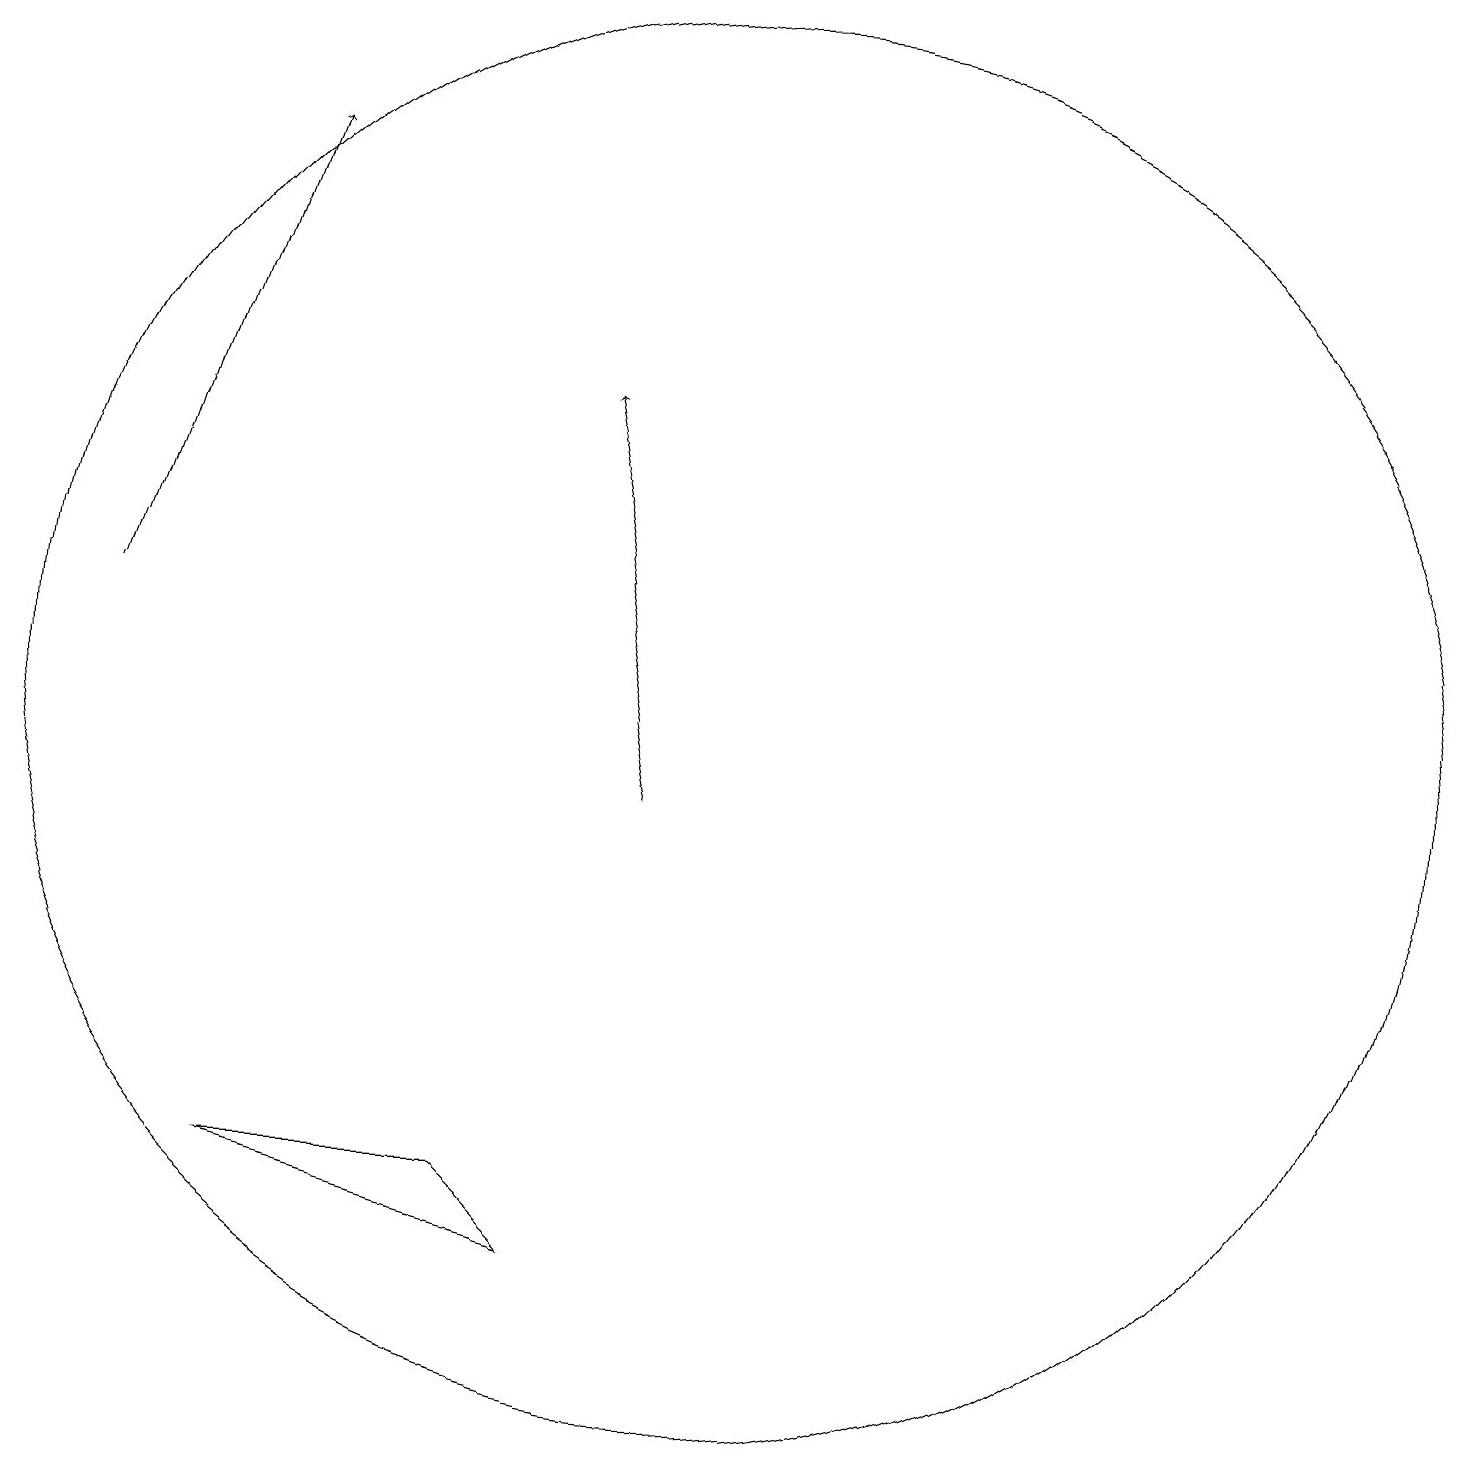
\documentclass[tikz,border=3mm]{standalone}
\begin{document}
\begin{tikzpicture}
\draw[->] (9,10) -- (8,15);
\draw (7,5) -- (4,5) -- (8,4) -- cycle;
\draw[->] (2,12) -- (4,18);
\draw (10,11) circle (9);
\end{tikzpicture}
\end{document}